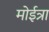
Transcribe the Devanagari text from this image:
मोईत्रा